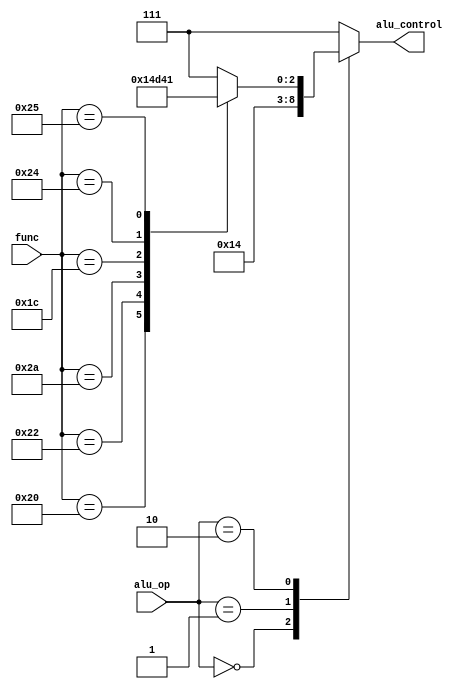
/*modified */
module alu_decoder
#(parameter code_width=6,width_alu_op=2,width_alu_control=3 )
(input [code_width-1:0] func,
 input [width_alu_op-1:0] alu_op,
 output reg [width_alu_control-1:0] alu_control 
);
//parameters of func
localparam [code_width-1:0] add=6'b10_0000;
localparam [code_width-1:0] sub=6'b10_0010;
localparam [code_width-1:0] slt=6'b10_1010;
localparam [code_width-1:0] mul=6'b01_1100;
//modification
localparam [code_width-1:0] And=6'b10_0100 ;
localparam [code_width-1:0] OR=6'b10_0101 ;
always @ (*)begin
    case(alu_op)
     2'b00:   alu_control=3'b010;
     2'b01:   alu_control=3'b100;
     2'b10:   case(func)
               add: alu_control=3'b010;
               sub: alu_control=3'b100;
               slt: alu_control=3'b110;
               mul: alu_control=3'b101;
               //*******
               And: alu_control=3'b000;
               OR:  alu_control=3'b001;
               default:alu_control=3'b111; //not_used in alu ->default case
              endcase
    default :alu_control=3'b111;
    endcase
end
endmodule